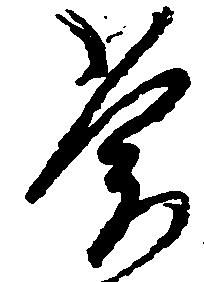
常